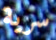
سرية